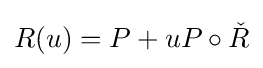
R(u)=P+uP\circ {\check {R}}